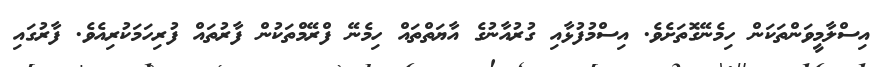
އިސްލާމީވަންތަކަން ހިމެނޭގޮތަށެވެ. އިސްމުފުޅާއި ގުރުއާނުގެ އާޔަތްތައް ހިމެނޭ ފްރޭމްތަކުން ފާރުތައް ފުރިހަމަކުރިއެވެ. ފާރުގައި